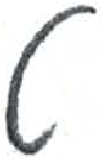
אות: ט